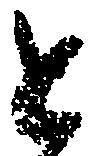
と